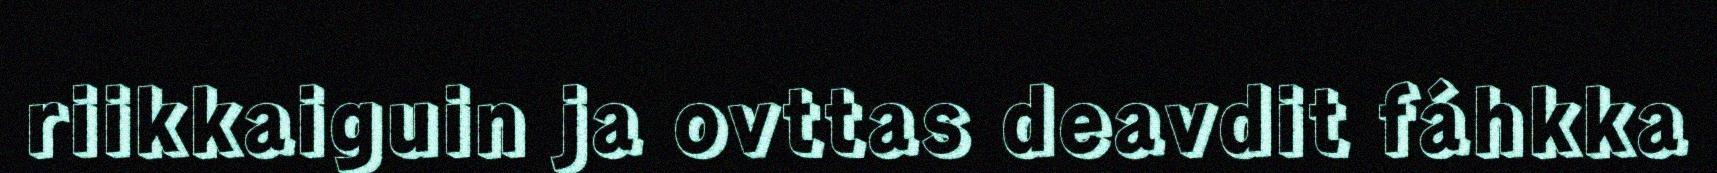
riikkaiguin ja ovttas deavdit fáhkka